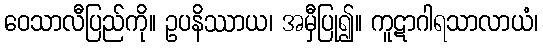
ဝေသာလီပြည်ကို။ ဥပနိဿာယ၊ အမှီပြု၍။ ကူဋာဂါရသာလာယံ၊